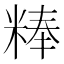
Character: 𰪾